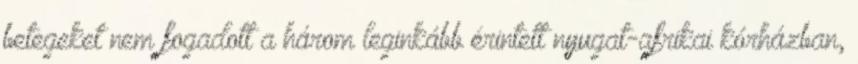
betegeket nem fogadott a három leginkább érintett nyugat-afrikai kórházban,